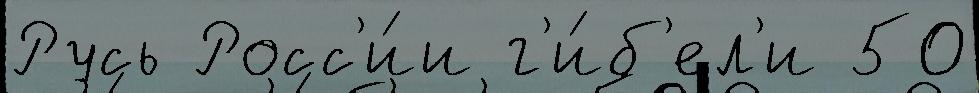
Русь Росс'и́и г'и́б'ел'и 50